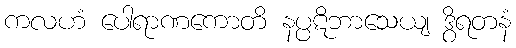
ကလဟံ ပေါရာဏကောတိ နပ္ပဋိဘာသေယျ ဒွိရတနံ